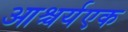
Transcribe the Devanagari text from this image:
आश्चर्यएक